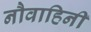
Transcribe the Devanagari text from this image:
नौवाहिनी